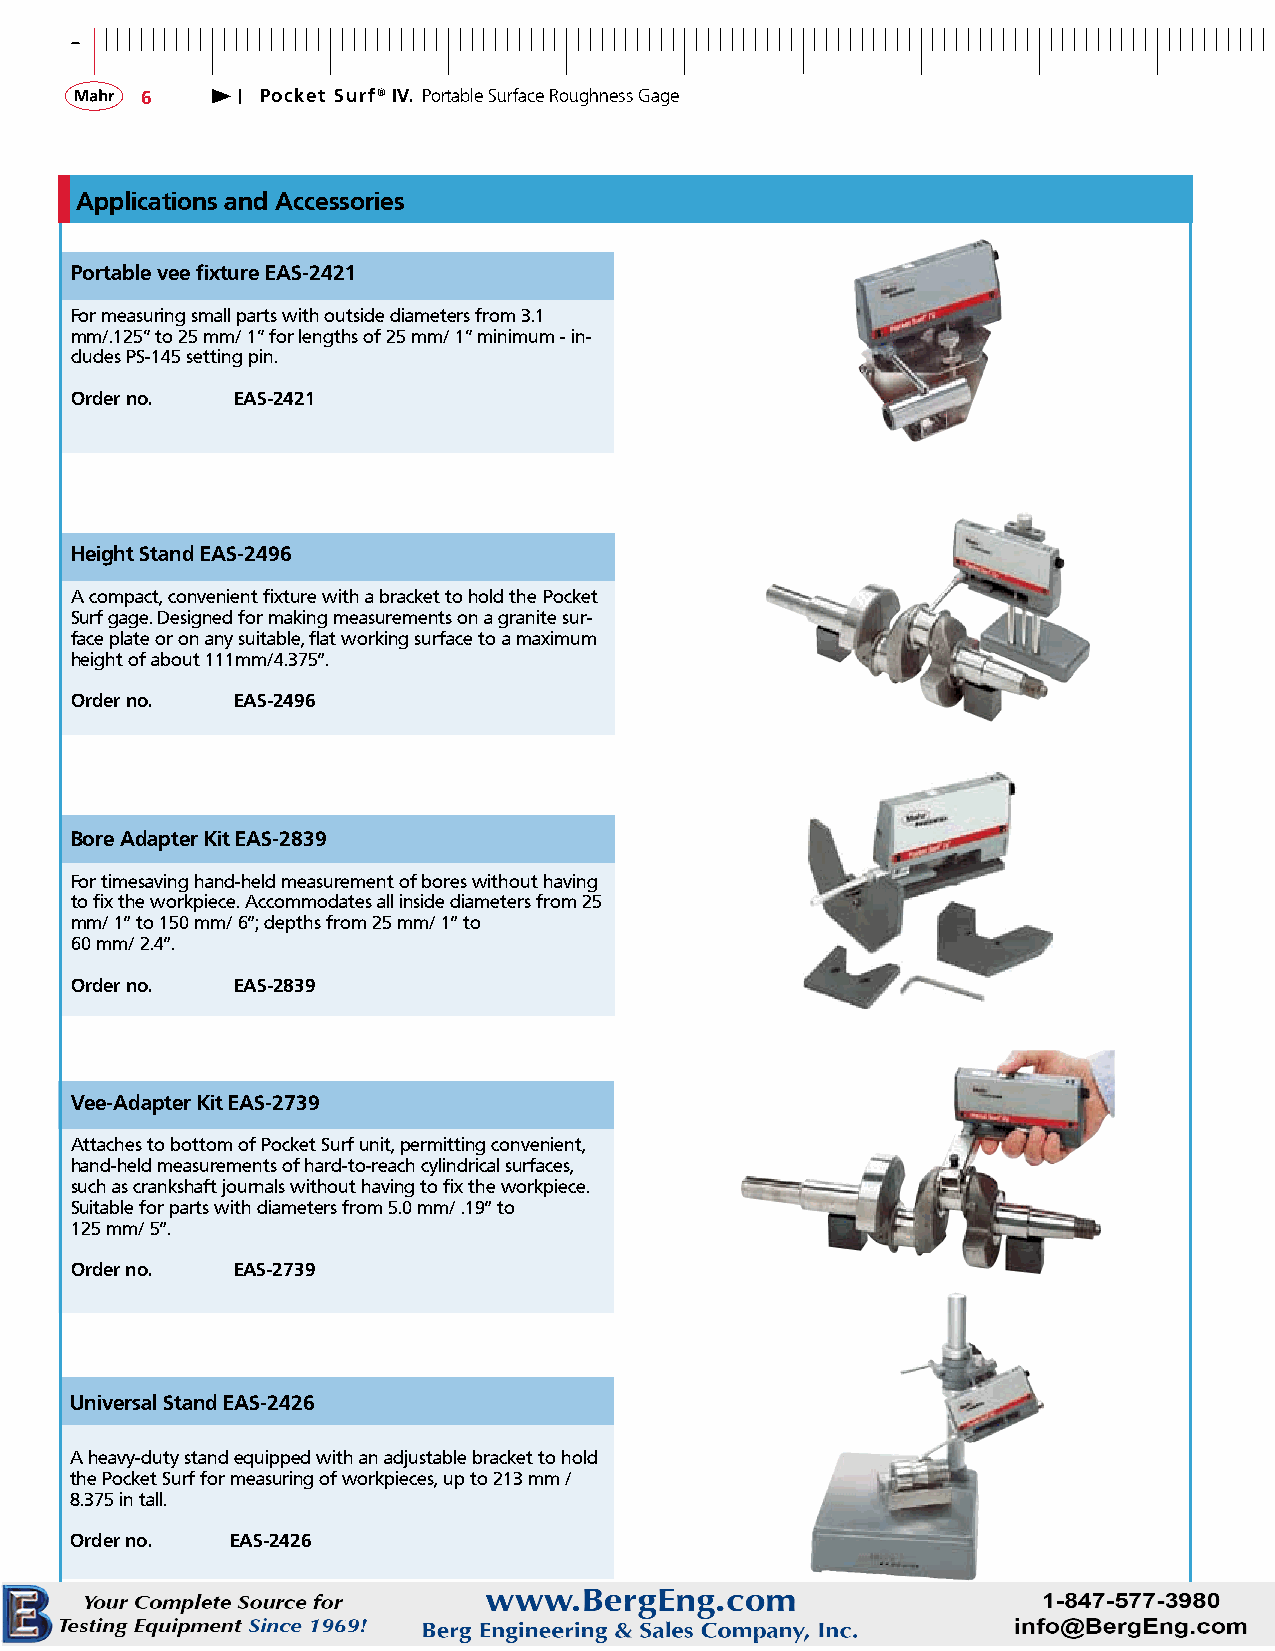
-
 6       Pocket Surf® IV. Portable Surface Roughness Gage
 Applications and Accessories
 Portable vee fixture EAS-2421
 For measuring small parts with outside diameters from 3.1
 mm/.125“ to 25 mm/ 1“ for lengths of 25 mm/ 1“ minimum - in-
 cludes PS-145 setting pin.
 Order no.  EAS-2421
 Height Stand EAS-2496
 A compact, convenient fixture with a bracket to hold the Pocket
 Surf gage. Designed for making measurements on a granite sur-
 face plate or on any suitable, flat working surface to a maximum
 height of about 111mm/4.375”.
 Order no.  EAS-2496
 Bore Adapter Kit EAS-2839
 For timesaving hand-held measurement of bores without having
 to fix the workpiece. Accommodates all inside diameters from 25
 mm/ 1” to 150 mm/ 6”; depths from 25 mm/ 1” to
 60 mm/ 2.4”.
 Order no.  EAS-2839
 Vee-Adapter Kit EAS-2739
 Attaches to bottom of Pocket Surf unit, permitting convenient,
 hand-held measurements of hard-to-reach cylindrical surfaces,
 such as crankshaft journals without having to fix the workpiece.
 Suitable for parts with diameters from 5.0 mm/ .19” to
 125 mm/ 5”.
 Order no. EAS-2739
 Universal Stand EAS-2426
 A heavy-duty stand equipped with an adjustable bracket to hold
 the Pocket Surf for measuring of workpieces, up to 213 mm /
 8.375 in tall.
 Order no. EAS-2426